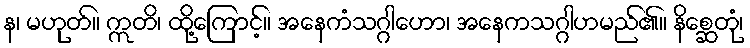
န၊ မဟုတ်။ ဣတိ၊ ထို့ကြောင့်။ အနေကံသဂ္ဂါဟော၊ အနေကသဂ္ဂါဟမည်၏။ နိစ္ဆေတုံ၊